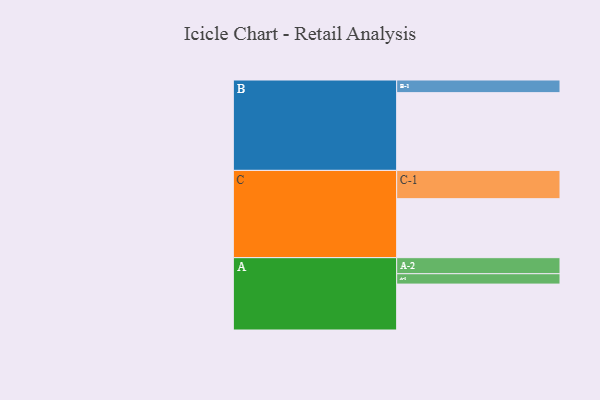
{"axis": {"x": "Segment", "y": "Value"}, "legend": ["", "A", "B", "C"], "data": [{"x": "A", "y": 323, "type": ""}, {"x": "B", "y": 547, "type": ""}, {"x": "C", "y": 415, "type": ""}, {"x": "A-1", "y": 73, "type": "A"}, {"x": "A-2", "y": 113, "type": "A"}, {"x": "B-1", "y": 89, "type": "B"}, {"x": "C-1", "y": 199, "type": "C"}]}